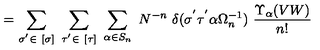
= \sum _ { \sigma ^ { ' } \in \ [ \sigma ] } \ \sum _ { \tau ^ { ' } \in \ [ \tau ] } \ \sum _ { \alpha \in S _ { n } } \ N ^ { - n } \ \delta ( \sigma ^ { ' } \tau ^ { ' } \alpha \Omega _ { n } ^ { - 1 } ) \ \frac { \Upsilon _ { \alpha } ( V W ) } { n ! }